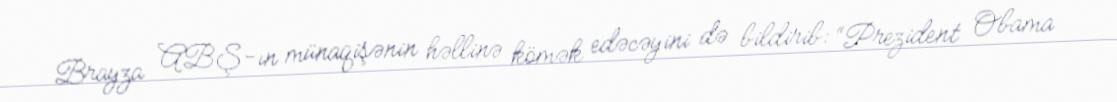
Brayza ABŞ-ın münaqişənin həllinə kömək edəcəyini də bildirib: “Prezident Obama